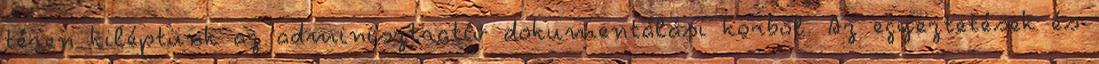
téren kiléptünk az adminisztratív dokumentálási körbôl. Az egyeztetések és